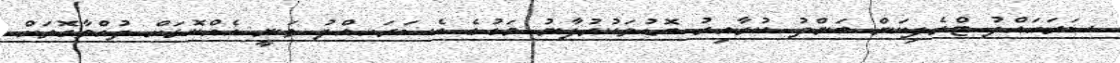
ސަރަހައްދު ޓްރެފިކަން ބަންދު ކުރާއިރު ބޮޑުތަކުރުފާނު މަގުގެ އެސަރަހއްދު ވަނީ އެއްކޮޅަށް ދުއެްވާގޮތަށް